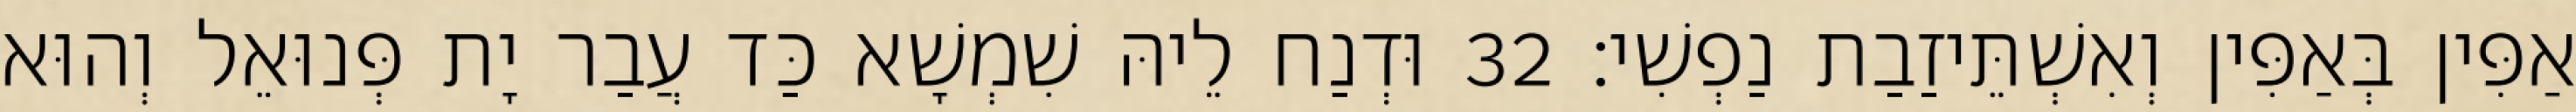
אַפִּין בְּאַפִּין וְאִשְׁתֵּיזַבַת נַפְשִׁי׃ 32 וּדְנַח לֵיהּ שִׁמְשָׁא כַּד עֲבַר יָת פְּנוּאֵל וְהוּא